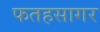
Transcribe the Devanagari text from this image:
फतहसागर